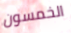
الخمسون